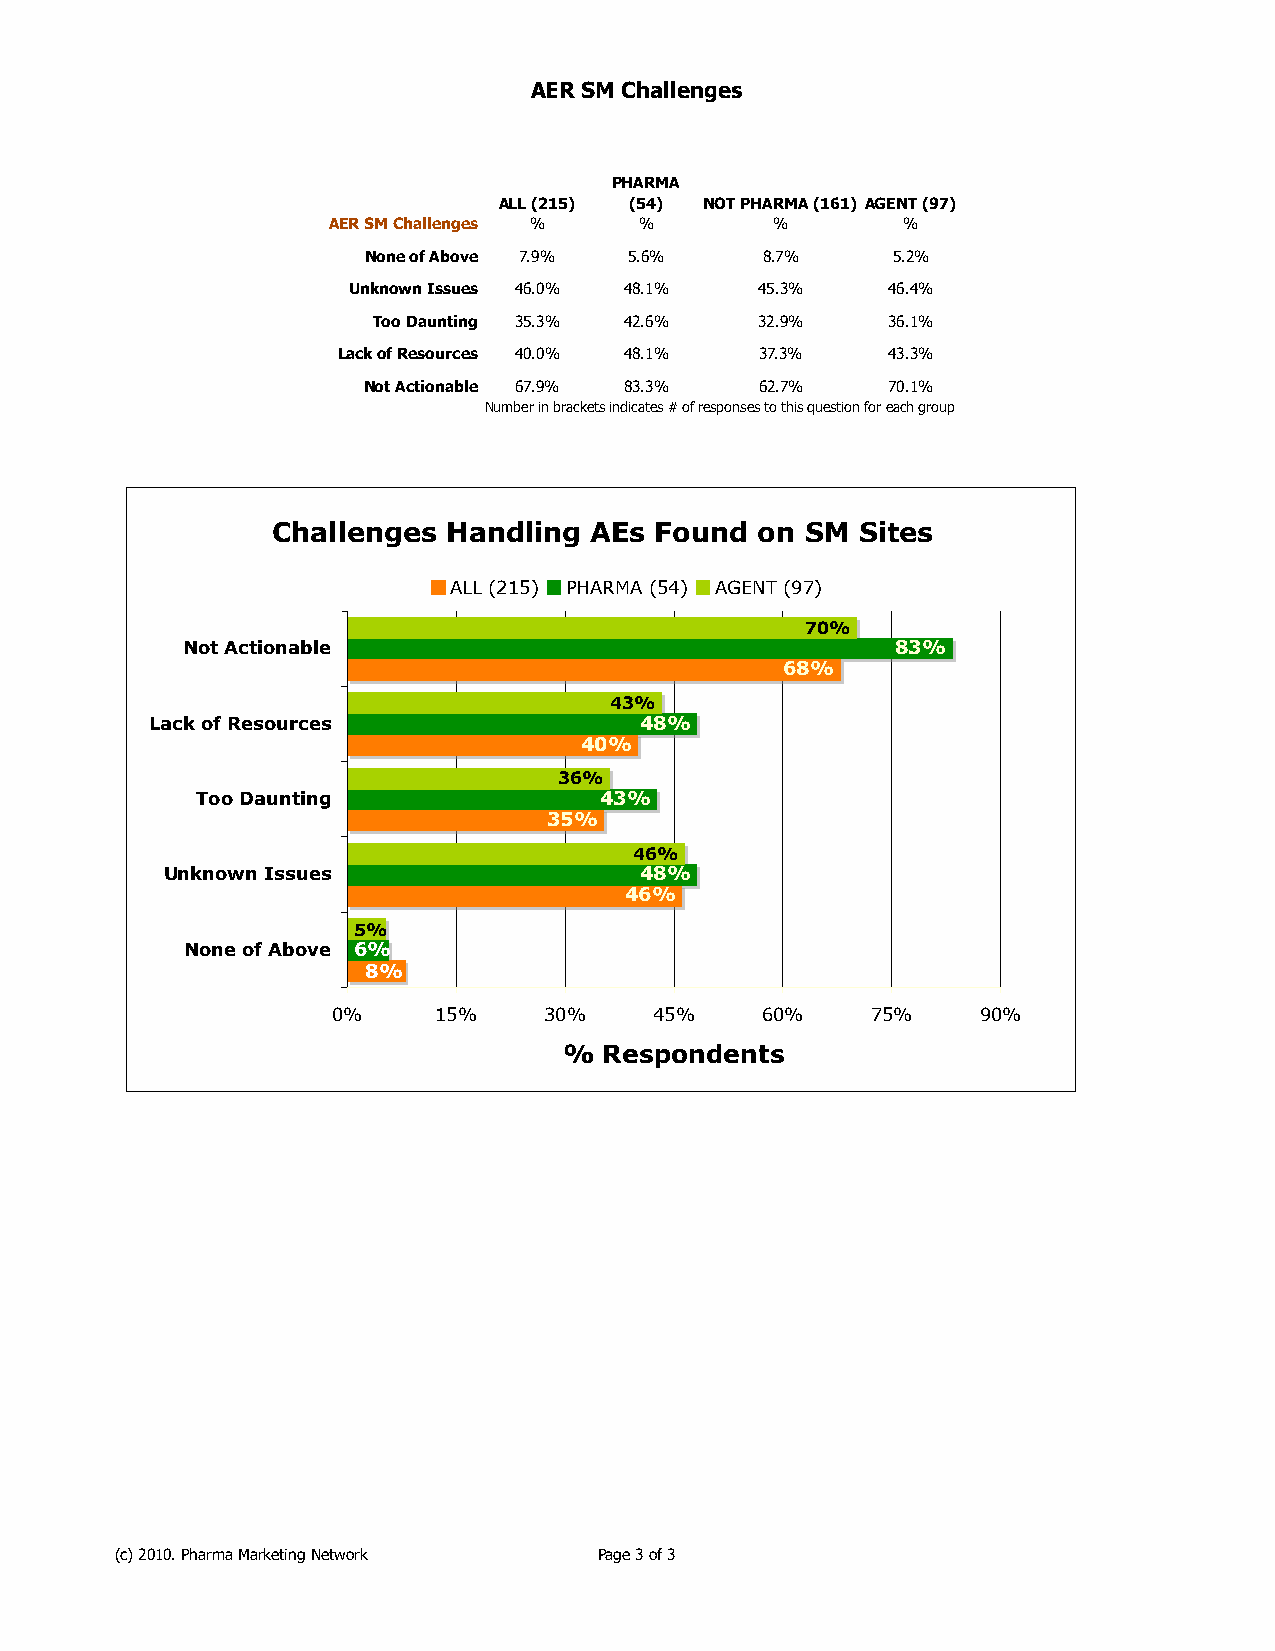
AER SM Challenges
 PHARMA
 ALL (215) (54) NOT PHARMA (161) AGENT (97)
 AER SM Challenges % %        %        %
 None of Above 7.9% 5.6%   8.7%     5.2%
 Unknown Issues 46.0% 48.1% 45.3%    46.4%
 Too Daunting 35.3% 42.6% 32.9%    36.1%
 Lack of Resources 40.0% 48.1% 37.3%  43.3%
 Not Actionable 67.9% 83.3% 62.7%   70.1%
 Number in brackets indicates # of responses to this question for each group
 Challenges  Handling AEs Found  on SM  Sites
 ALL (215) PHARMA (54) AGENT (97)
 70%
 Not Actionable                                 83%
 68%
 43%
 Lack of Resources               48%
 40%
 36%
 Too Daunting               43%
 35%
 46%
 Unknown Issues                 48%
 46%
 5%
 None of Above 6%
 8%
 0%     15%    30%    45%    60%     75%    90%
 %  Respondents
 (c) 2010. Pharma Marketing Network Page 3 of 3